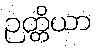
ဉတ္တိယာ